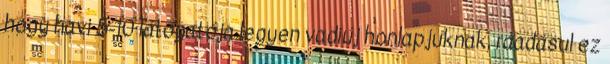
hogy havi 5-10 látogatója legyen vadiúj honlapjuknak, ráadásul ez